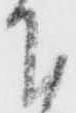
下